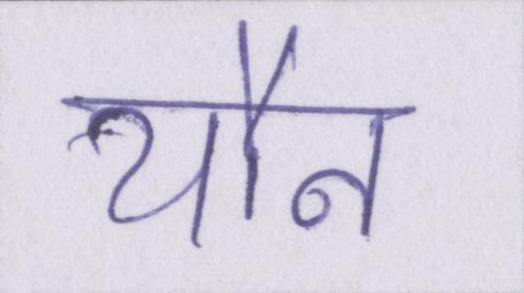
यौन